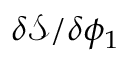
\delta \mathcal { S } / \delta \phi _ { 1 }